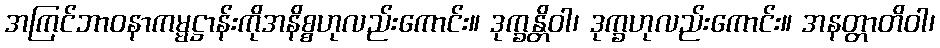
အကြင်ဘာဝနာကမ္မဋ္ဌာန်းကိုအနိစ္စဟုလည်းကောင်း။ ဒုက္ခန္တိဝါ၊ ဒုက္ခဟုလည်းကောင်း။ အနတ္တာတိဝါ၊